Annual report on the lock hospitals of the Madras Presidency
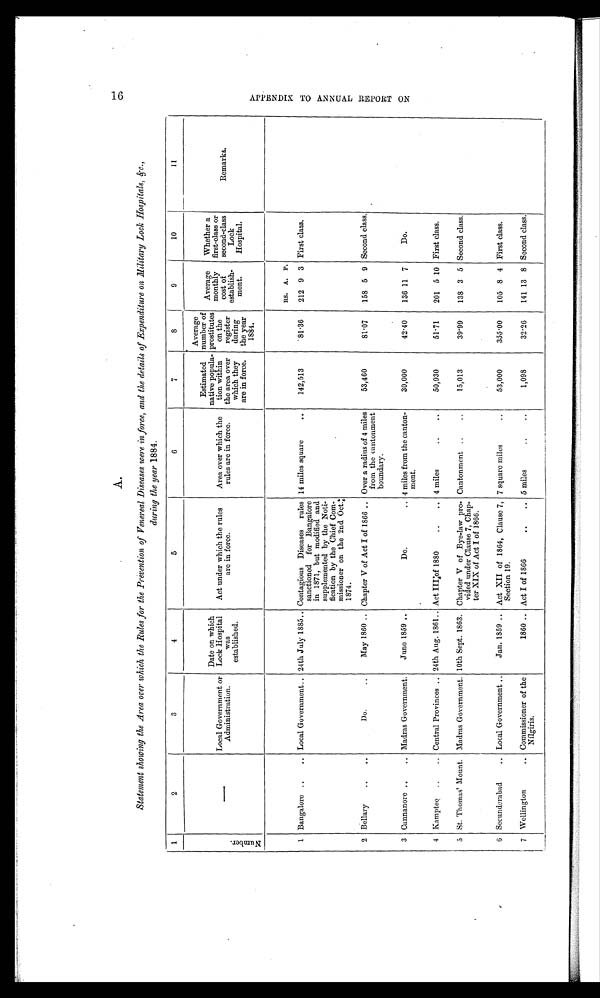
A.
Statement showing the Area over which, the Rules for the Prevention of Venereal Diseases were in force, and the details of Expenditure on Military Lock Hospitals, &amp;c.,
during the year 1884.
1
2
3
4
5
6
7
8
9
10
11
N u m b e r .
—
Local Government or
Administration.
Date on which
Lock Hospital
was
established.
Act under which the rules
are in force.
Area over which the
rules are in force.
Estimated
native popula-
tion within
the area over
which they
are in force.
Average
number of
prostitutes
on the
register
during
the year
1884.
Average
monthly
cost of
establish-
ment.
Whether a
first-class or
second-class
Lock
Hospital.
Remarks.
RS. A. P.
1 Bangalore .. .. Local Government .. 24th July 1885.. Contagious Diseases rules
sanctioned for Bangalore
in 1871, but modified and
supplemented by the Noti-
fication by the Chief Com-
missioner on the 2nd Oct.:
1874.
14 miles square
..
142,513
81.36 212 9 3 First class.
2 Bellary
.. ..
Do.
..
May 1860 .. Chapter V of Act I of 1866 .. Over a radius of 4 miles
from the cantonment
boundary.
53,460
81.07
158 5 9 Second class. .
3 Cannanore ..
.. Madras Government. June 1859 —
Do.
.. 4 miles from the canton-
ment.
30,000
42-40
136 11 7
Do.
4 Kamptee ..
.. Central Provinces .. 24th Aug. 1861.. Act III;of 1880
.. .. 4 miles
..
..
50,930
51'71
201 5 10 First class.
5 St. Thomas' Mount. Madras Government. 10th Sept. 1863. Chapter V of Bye-law pro-
vided under Clause 7, Chap-
ter XIX of Act I of 1866.
Cantonment ..
..
15,013
.
39.99
138 3 5 Second class.
6 Secunderabad
.. Local Government ..
Jan. 1859 .. Act XII of 1864, Clause 7,
Section 19.
7 square miles
..
53,000
355.00
105 8 4 First class.
7 Wellington
.. Commissioner of the
Nfigiris.
1860 .. Act I of 1866
..
.. 5 miles
..
..
1,098
32.26 141 13 8 Second class.